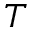
T